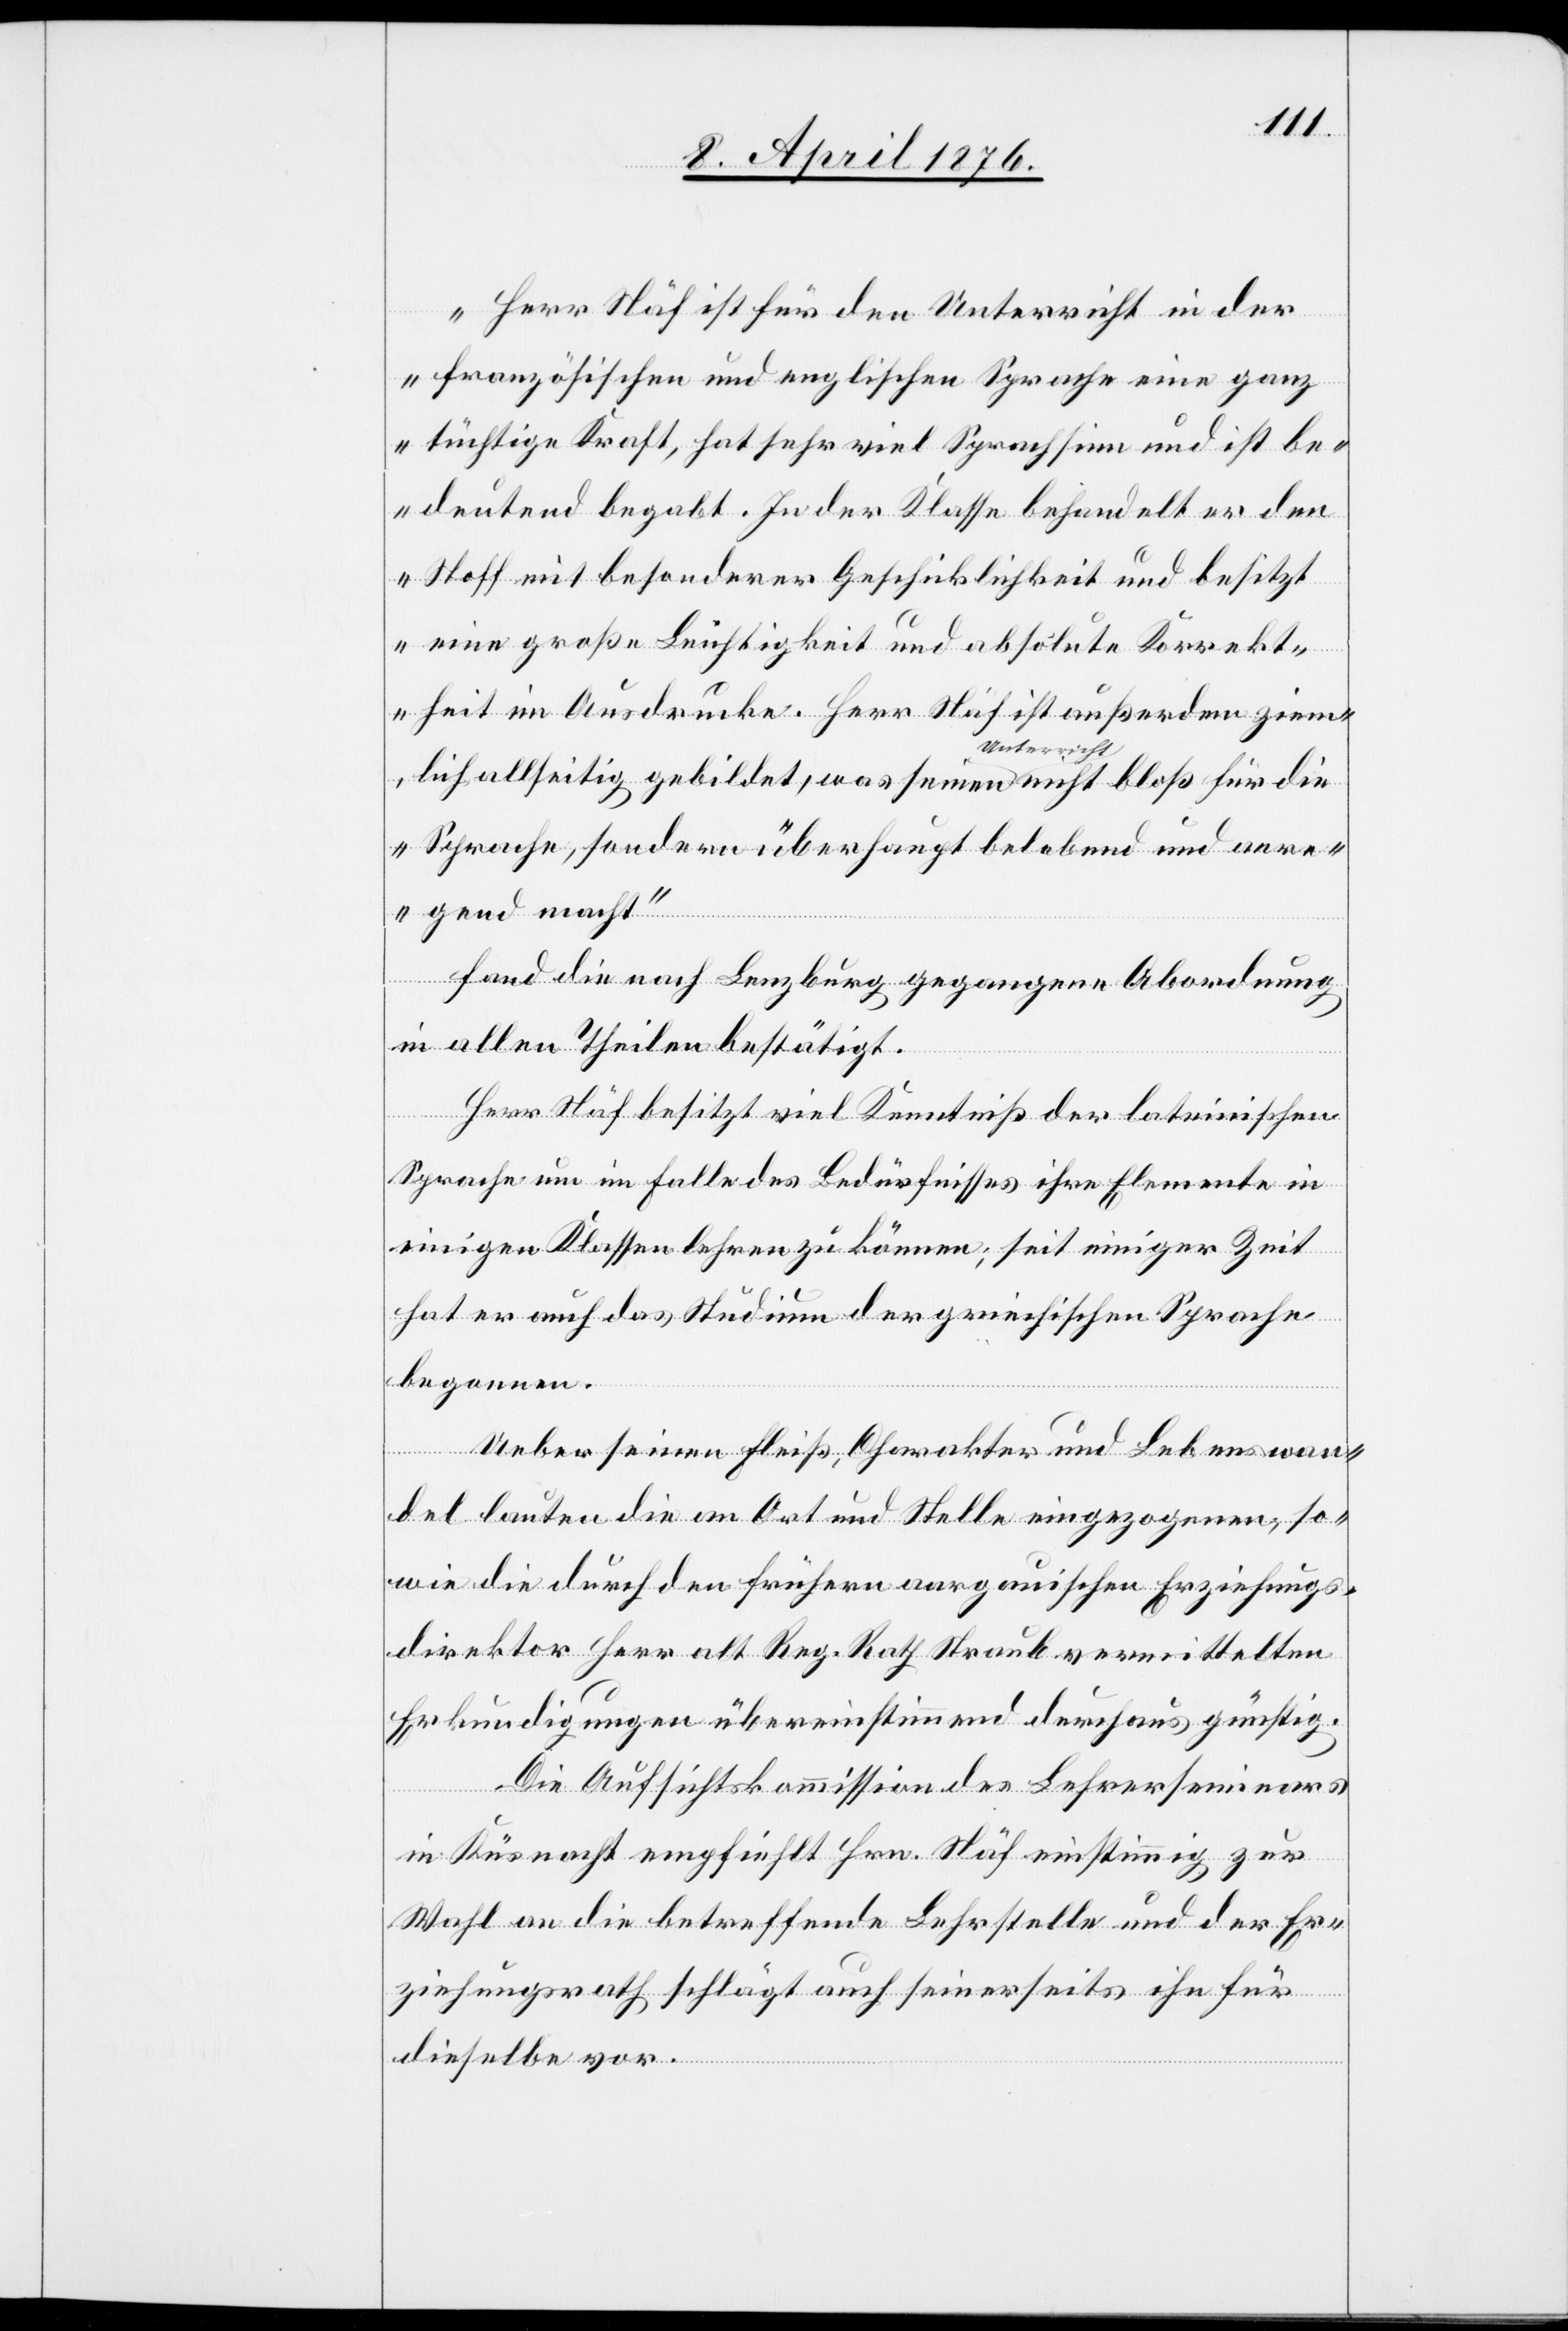
„Herr Näf ist für den Unterricht in der
französischen und englischen Sprache eine ganz
tüchtige Kraft, hat sehr viel Sprachsinn und ist be¬
deutend begabt. In der Klasse behandelt er den
Stoff mit besonderer Geschicklichkeit und besitzt
eine große Leichtigkeit und absolute Korrekt¬
heit im Ausdrucke. Herr Näf ist außerdem ziem¬
lich allseitig gebildet, was seinen Unterricht nicht bloß für die
Sprache, sondern überhaupt belebend und anre¬
gend macht“
fand die nach Lenzburg gegangene Abordnung
in allen Theilen bestätigt.
Herr Näf besitzt viel Kenntniß der lateinischen
Sprache um im Falle des Bedürfnisses ihre Elemente in
einigen Klassen lehren zu können; seit einiger Zeit
hat er auch das Studien der griechischen Sprache
begonnen.
Ueber seinen Fleiß, Charakter und Lebenswan¬
del lauten die an Ort und Stelle eingezogenen, so¬
wie die durch den frühern aargauischen Erziehungs¬
direktor Herr alt Reg. Rath Straub vermittelten
Erkundigungen übereinstimmend durchaus günstig.
Die Aufsichtskommission des Lehrerseminars
in Küsnacht empfiehlt Hrn. Näf einstimmig zur
Wahl an die betreffende Lehrstelle und der Er¬
ziehungsrath schlägt auch seinerseits ihn für
dieselbe vor.